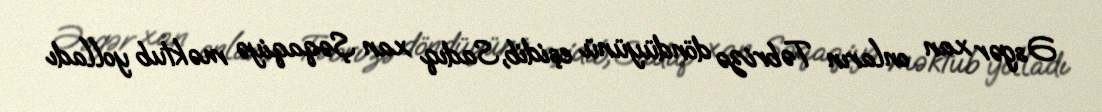
Əsgər xan onların Təbrizə döndüyünü eşidib, Sadıq xan Şəqaqiyə məktub yolladı